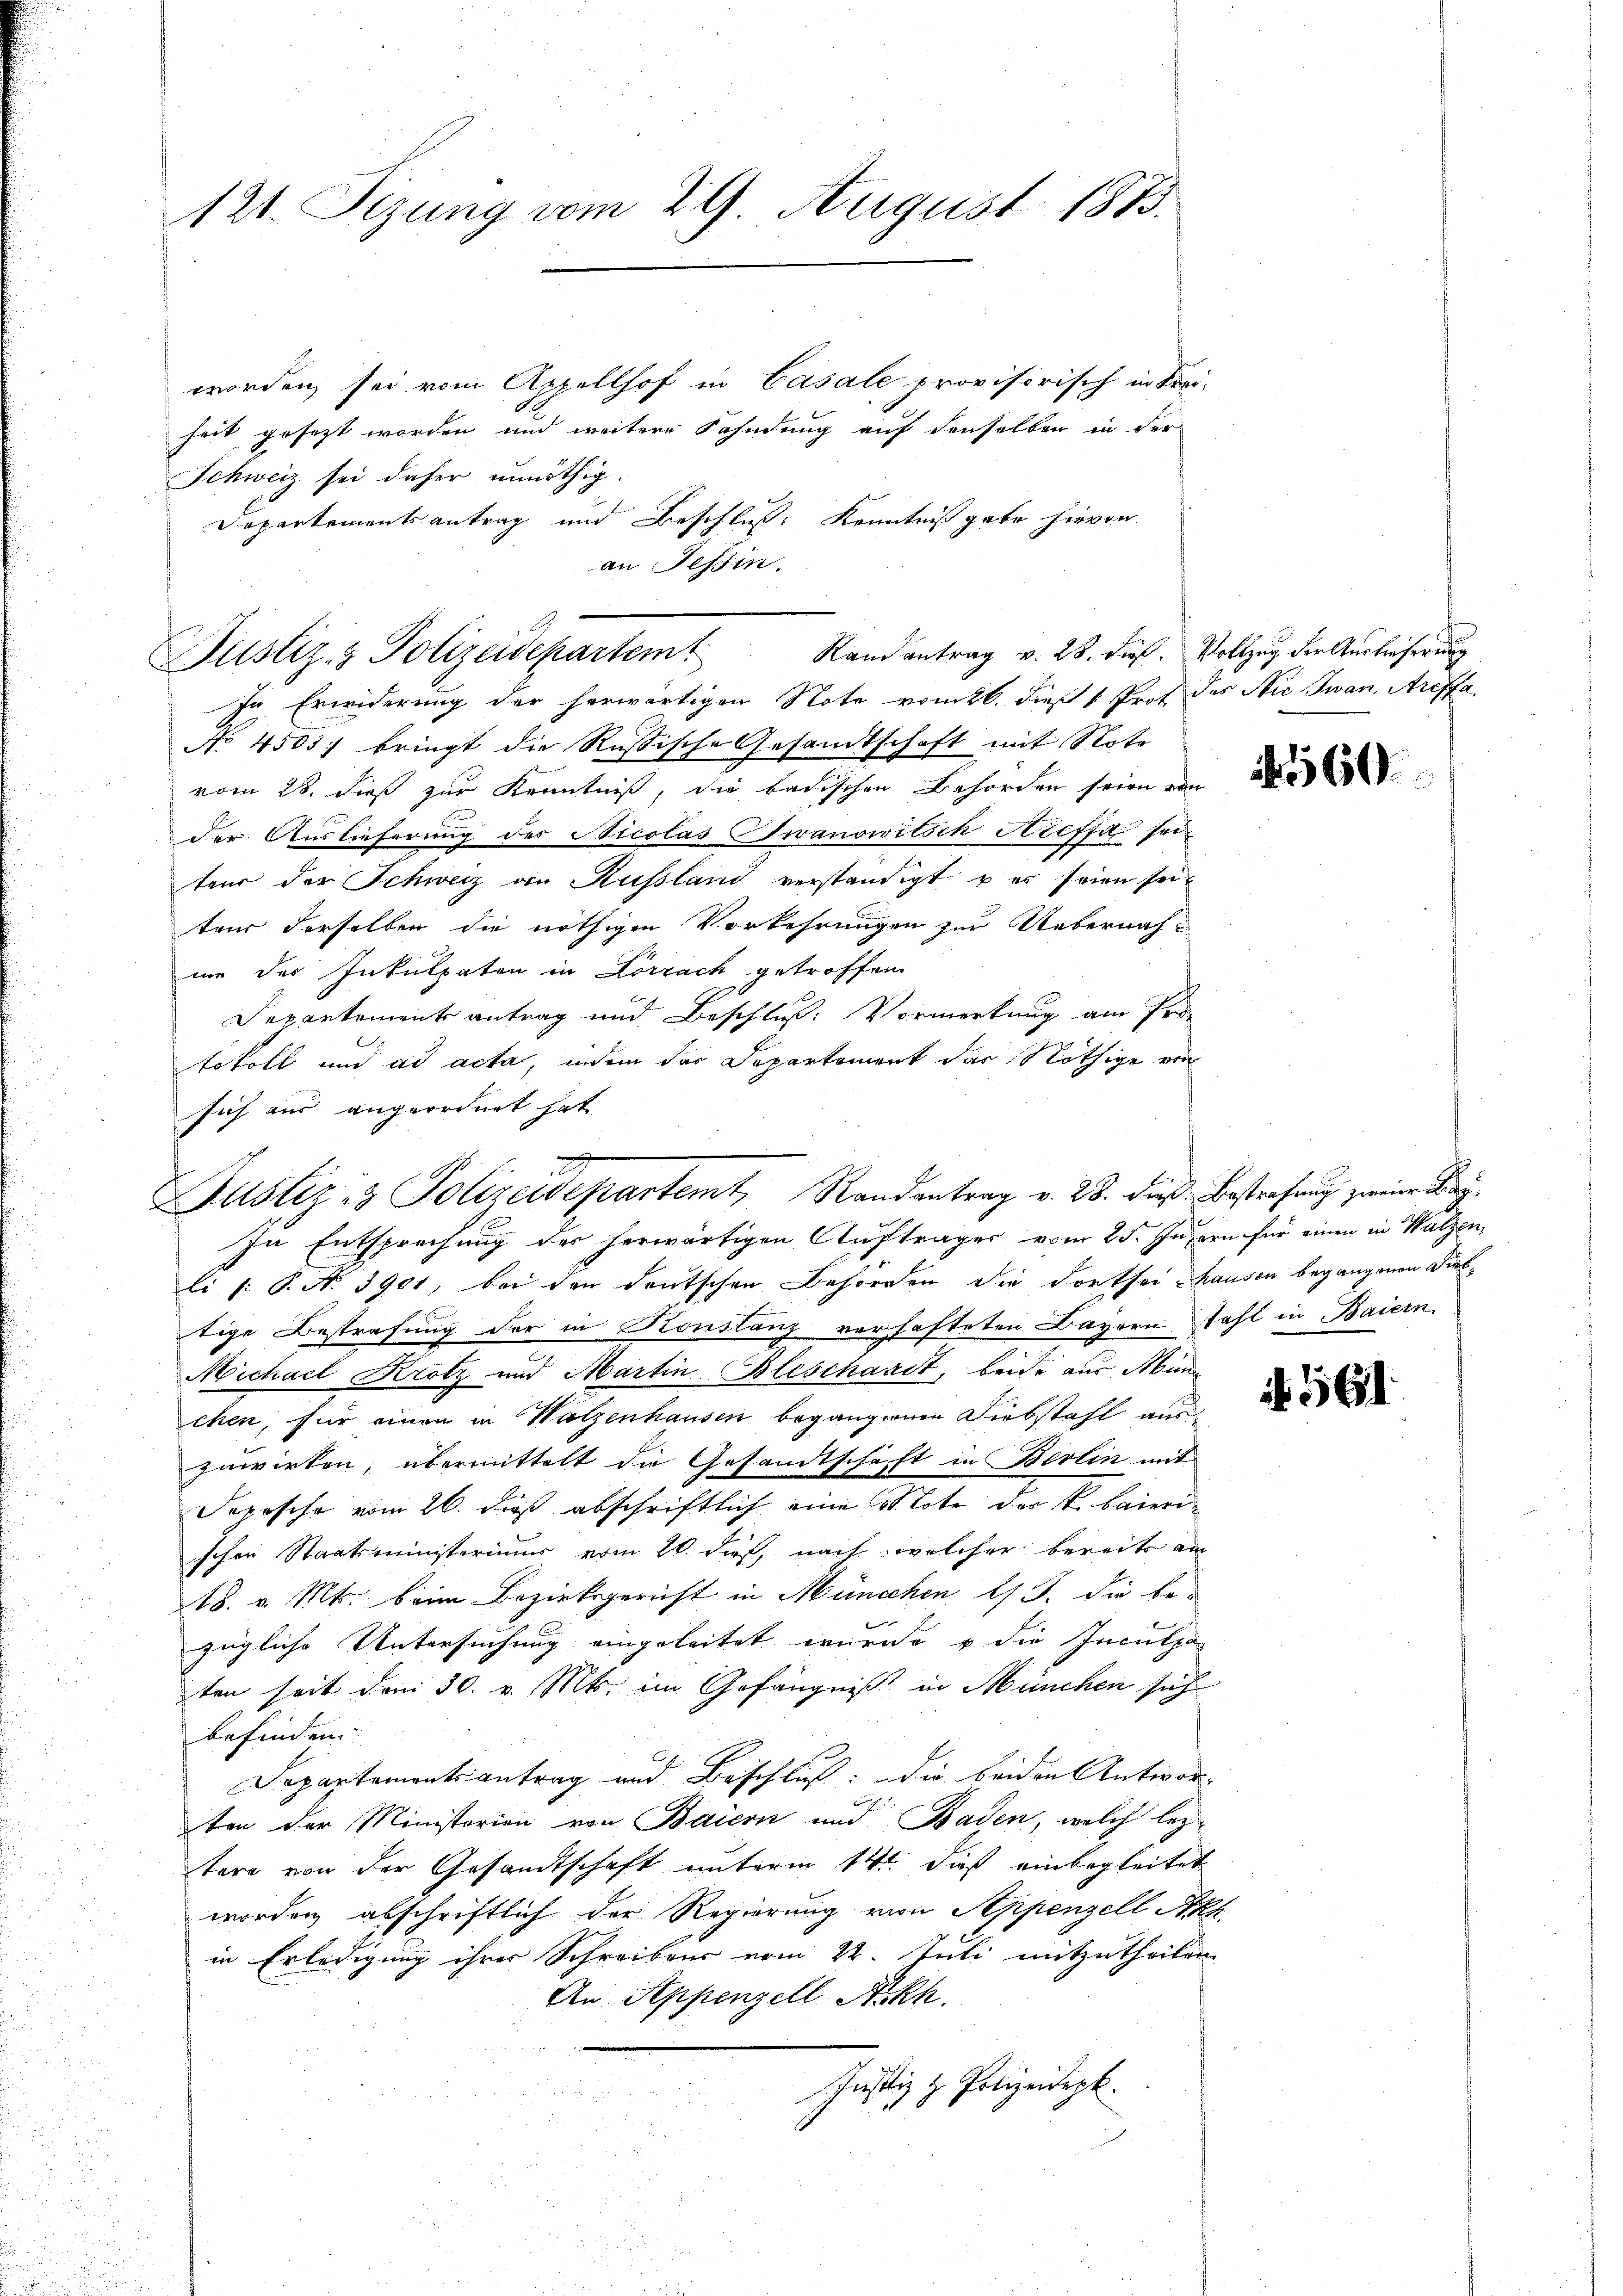
121. Sizung vom 29. August 1873.

worden sei vom Appellhof in Casale provisorisch in Frei-
heit gesezt worden und weitere Fahndung auf denselben in der
Schweiz sei daher unnöthig.
Departementsantrag und Beschluß: Kenntniß gebe hievon
an Tessin.

Justiz- & Polizeidepartem Randantrag v. 28. dieß. Vollzug der Auslieferung
In Erwiderung der herwärtigen Note vom 26. dieß v. Prof. des Nie Jwan Areffe

Justiz & Polizeidepartemt, Randantrag v. 28. dieß Bestrafung zwei Bey¬

No 45057 bringt die Russische Gesandtschaft mit Nota
vom 28. dieß zur Kenntniß, die badischen Behörden seien von
der Auslieferung des Nicolas Zwanowitsch Kreffa seiten der Schweiz an Russland verständigt u es seien sei
teur derselben die nöthigen Vorkehrungen zur Uebernahme des Inkulpaten in Lörrach getroffen
Departements antrag und Beschluß: Vormerkung am Pro-
tokoll und ad acta, indem das Departement das Nöthige von
sich aus angeordnet hat

In Entsprechung des herwärtigen Aufträger vom 25. Jusern für einen in Walzen,
li f: P. No 3901, bei den deutschen Behörden die dorthei Hausen begangenen Diebtige Bestrafung der in Konstanz vorhafteten Bayern stahl in Baiern
Michael Krotz und Martin Bleschardt, beide aus Mun
chen, für einen in Walzenhausen begangenen Diebstahl aus
zuwirken, übermittelt die Gesandtschaft in Berlin mit
Depesche vom 26. dieß abschriftlich eine u Tote der k. baierischen Staatsministerium vom 20. dieß, nach welcher bereits am
18. v. Mts. beim Bezirksgericht in München l. J. die be-
zügliche Untersuchung eingeleitet wurde u die Inculpa
ten seit dem 30. v. Mts. im Gefängniß in München sich
befinden. |
Departementsantrag und Beschluß: Die beiden Antworten der Ministerien von Baiern und Baden, welch leztere von der Gesandtschaft unterm 14t. dieß einbegleitet
worden abschriftlich der Regierung von Appenzell Akt
in Erledigung ihrer Schreibens vom 22. Juli mitzutheilen
An Appenzell Arkh.
Justiz z. Polizeidepk.

560.

. 561.